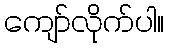
ကျော်လိုက်ပါ။